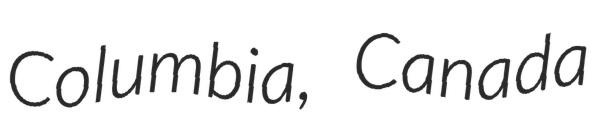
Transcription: Columbia, Canada